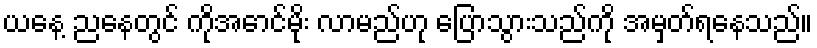
ယနေ့ ညနေတွင် ကိုအောင်မိုး လာမည်ဟု ပြောသွားသည်ကို အမှတ်ရနေသည်။